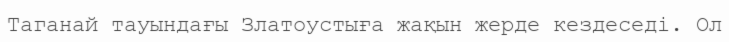
Таганай тауындағы Златоустыға жақын жерде кездеседі. Ол